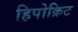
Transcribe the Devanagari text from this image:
हिपोक्रिट